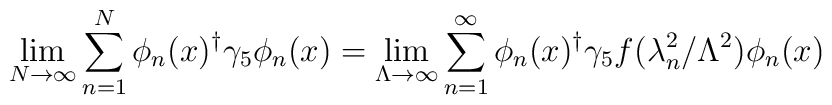
\lim_{N{\rightarrow}\infty}\sum^{N}_{n=1}\phi_{n}(x)^{\dag}\gamma_{5}\phi_{n}(x)=\lim_{\Lambda\rightarrow\infty}\sum^{\infty}_{n=1}\phi_{n}(x)^{\dag}\gamma_{5}f(\lambda_{n}^{2}/\Lambda^{2})\phi_{n}(x)